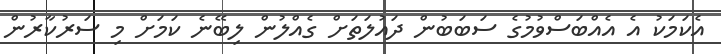
އެކަމަކު އެ އެއްބަސްވުމުގެ ސަބަބުން ދައުލަތަށް ގެއްލުން ލިބޭނެ ކަމަށް މި ސަރުކާރުން